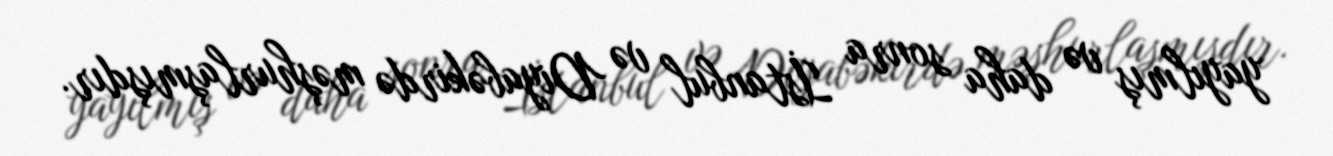
yayılmış və daha sonra İstanbul və Diyabəkirdə məşhurlaşmışdır.